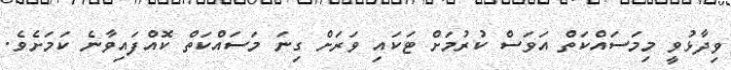
ވިދާޅުވީ މިމަސައްކަތް އަވަސް ކުރުމަށް ޓަކައި ވަރަށް ގިނަ މަސައްކަތް ކޮއްފައިވާނެ ކަމަށެވެ.